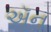
ઍન